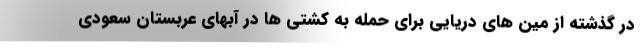
در گذشته از مین های دریایی برای حمله به کشتی ها در آبهای عربستان سعودی